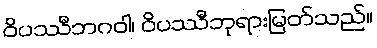
ဝိပဿီဘဂဝါ၊ ဝိပဿီဘုရားမြတ်သည်။